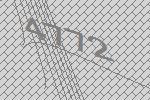
4772